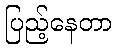
ပြည့်နေတာ